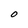
Character: O